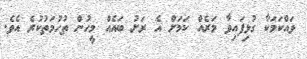
ވައްކަމަކާ ގުޅިފައިވާ މަރެއް ކަމަށް އެ ރަށު ބައެއް މީހުން ތުހުމަތުކުރެ އެވެ.